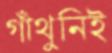
গাঁথুনিই